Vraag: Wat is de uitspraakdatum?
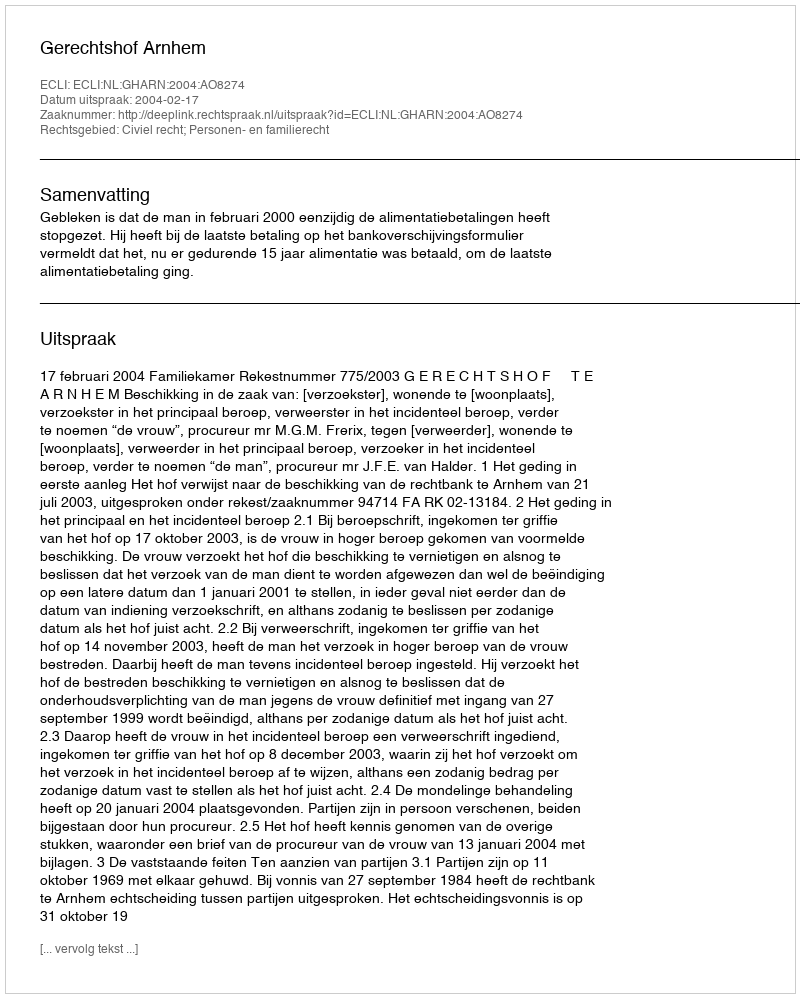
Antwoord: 2004-02-17